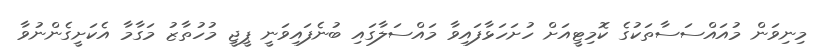
މިނިވަން މުއައްސަސާތަކުގެ ކޮމިޓީއަށް ހުށަހަޅާފައިވާ މައްސަލާގައި ބުނެފައިވަނީ ޕީޖީ މުހުތާޒު މަގާމާ އެކަށީގެންނުވާ